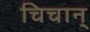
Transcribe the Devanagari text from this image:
चिचान्